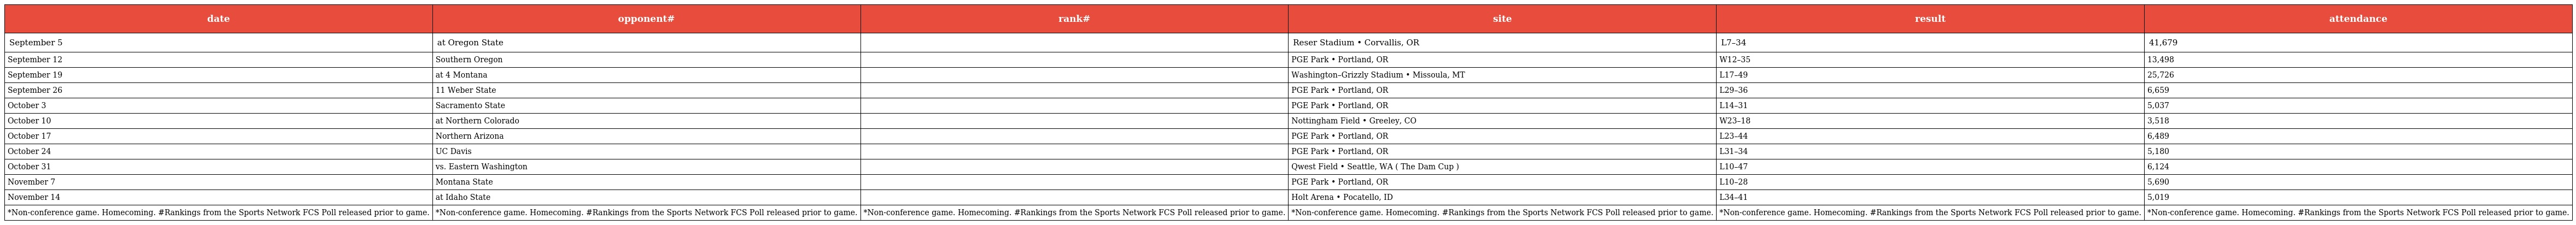
| date | opponent# | rank# | site | result | attendance |
 | --- | --- | --- | --- | --- | --- |
 | September 5 | at Oregon State |  | Reser Stadium • Corvallis, OR | L7–34 | 41,679 |
 | September 12 | Southern Oregon |  | PGE Park • Portland, OR | W12–35 | 13,498 |
 | September 19 | at 4 Montana |  | Washington–Grizzly Stadium • Missoula, MT | L17–49 | 25,726 |
 | September 26 | 11 Weber State |  | PGE Park • Portland, OR | L29–36 | 6,659 |
 | October 3 | Sacramento State |  | PGE Park • Portland, OR | L14–31 | 5,037 |
 | October 10 | at Northern Colorado |  | Nottingham Field • Greeley, CO | W23–18 | 3,518 |
 | October 17 | Northern Arizona |  | PGE Park • Portland, OR | L23–44 | 6,489 |
 | October 24 | UC Davis |  | PGE Park • Portland, OR | L31–34 | 5,180 |
 | October 31 | vs. Eastern Washington |  | Qwest Field • Seattle, WA ( The Dam Cup ) | L10–47 | 6,124 |
 | November 7 | Montana State |  | PGE Park • Portland, OR | L10–28 | 5,690 |
 | November 14 | at Idaho State |  | Holt Arena • Pocatello, ID | L34–41 | 5,019 |
 | *Non-conference game. Homecoming. #Rankings from the Sports Network FCS Poll released prior to game. | *Non-conference game. Homecoming. #Rankings from the Sports Network FCS Poll released prior to game. | *Non-conference game. Homecoming. #Rankings from the Sports Network FCS Poll released prior to game. | *Non-conference game. Homecoming. #Rankings from the Sports Network FCS Poll released prior to game. | *Non-conference game. Homecoming. #Rankings from the Sports Network FCS Poll released prior to game. | *Non-conference game. Homecoming. #Rankings from the Sports Network FCS Poll released prior to game. |